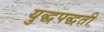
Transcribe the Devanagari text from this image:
युद्धपद्धती